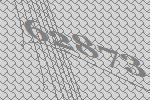
62873